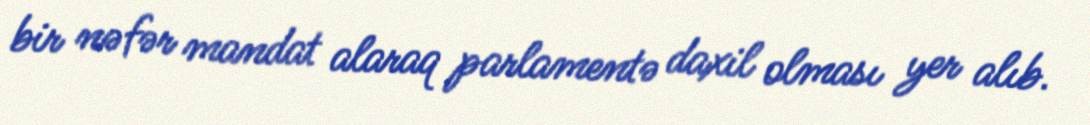
bir nəfər mandat alaraq parlamentə daxil olması yer alıb.